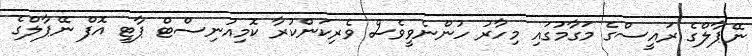
ނޭޕާލްގެ ރައީސްގެ މަގާމުގައި މިހާރު ހުންނެވީވެސް ވެރިކަންކުރާ ކޮމިއުނިސްޓް ޕާޓީ އޮފް ނޭޕާލްގެ